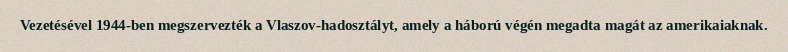
Vezetésével 1944-ben megszervezték a Vlaszov-hadosztályt, amely a háború végén megadta magát az amerikaiaknak.